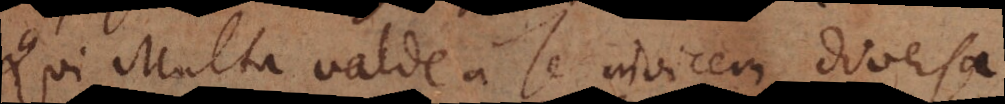
Qui Multa valde a se invicem diversa